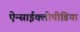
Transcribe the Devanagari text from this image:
ऐन्साईक्लोपीडिया